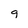
Character: 9